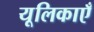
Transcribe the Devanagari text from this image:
यूलिकाएँ